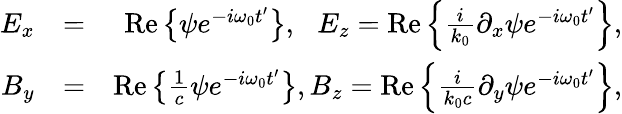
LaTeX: \begin{array}{rlr}{E_{x}}&{=}&{\mathrm{Re}\left\{ \psi e^{-i\omega_{0}t^{\prime}}\right\} ,\, \, \, \, E_{z}=\mathrm{Re}\left\{ \frac{i}{k_{0}}\partial_{x}\psi e^{-i\omega_{0}t^{\prime}}\right\} ,}\\ {B_{y}}&{=}&{\mathrm{Re}\left\{ \frac{1}{c}\psi e^{-i\omega_{0}t^{\prime}}\right\} ,B_{z}=\mathrm{Re}\left\{ \frac{i}{k_{0}c}\partial_{y}\psi e^{-i\omega_{0}t^{\prime}}\right\} ,}\end{array}